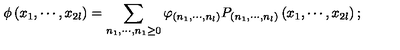
\phi \left( x _ { 1 } , \cdots , x _ { 2 l } \right) = \sum _ { n _ { 1 } , \cdots , n _ { 1 } \geq 0 } \varphi _ { \left( n _ { 1 } , \cdots , n _ { l } \right) } P _ { \left( n _ { 1 } , \cdots , n _ { l } \right) } \left( x _ { 1 } , \cdots , x _ { 2 l } \right) ;